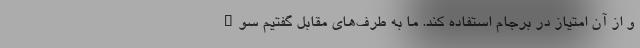
و از آن امتیاز در برجام استفاده کند. ما به طرف‌های مقابل گفتیم سوء